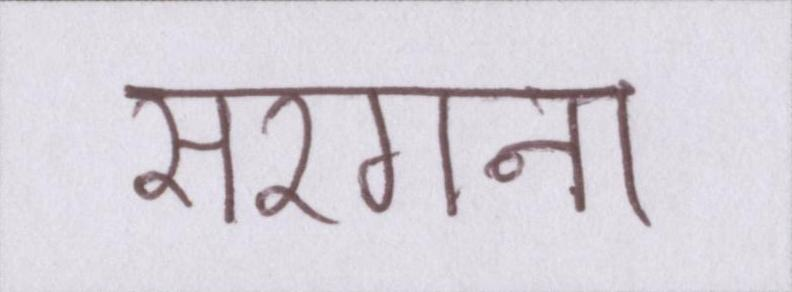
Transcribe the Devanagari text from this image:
सरगना